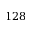
1 2 8